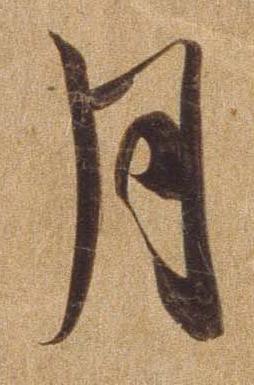
月